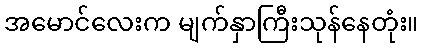
အမောင်လေးက မျက်နှာကြီးသုန်နေတုံး။